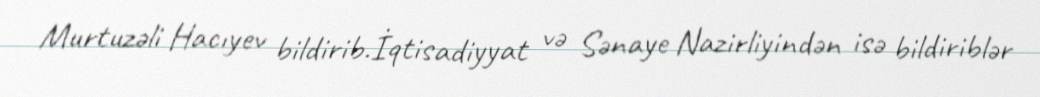
Murtuzəli Hacıyev bildirib.İqtisadiyyat və Sənaye Nazirliyindən isə bildiriblər